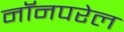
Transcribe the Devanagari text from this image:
नॉनपरेल